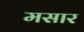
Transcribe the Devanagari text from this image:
मसार